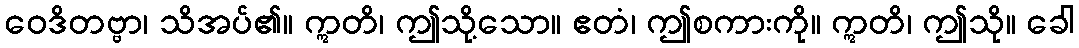
ဝေဒိတဗ္ဗာ၊ သိအပ်၏။ ဣတိ၊ ဤသို့သော။ ဧတံ၊ ဤစကားကို။ ဣတိ၊ ဤသို။ ခေါ